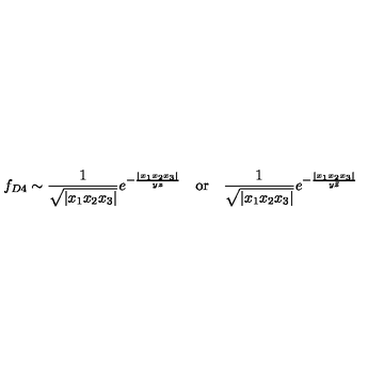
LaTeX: f _ { D 4 } \sim \frac { 1 } { \sqrt { | x _ { 1 } x _ { 2 } x _ { 3 } | } } e ^ { - \frac { | x _ { 1 } x _ { 2 } x _ { 3 } | } { y z } } \quad \mathrm { o r } \quad \frac { 1 } { \sqrt { | x _ { 1 } x _ { 2 } x _ { 3 } | } } e ^ { - \frac { | x _ { 1 } x _ { 2 } x _ { 3 } | } { y \bar { z } } }